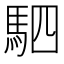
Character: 駟